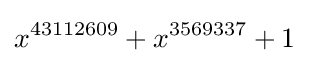
x^{43112609}+x^{3569337}+1